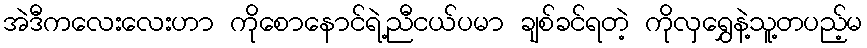
အဲဒီကလေးလေးဟာ ကိုစောနောင်ရဲ့ညီငယ်ပမာ ချစ်ခင်ရတဲ့ ကိုလှရွှေနဲ့သူ့တပည့်မ